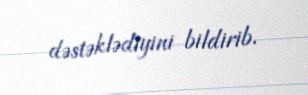
dəstəklədiyini bildirib.